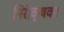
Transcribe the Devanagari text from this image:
निरीक्षक।